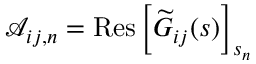
\mathcal { A } _ { i j , n } = \mathrm { R e s } \left[ \widetilde { G } _ { i j } ( s ) \right] _ { s _ { n } }